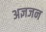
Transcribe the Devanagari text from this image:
अज्ञजन